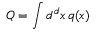
Q = \int d ^ { d } x \, q ( x )